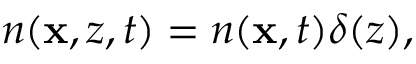
\begin{array} { r } { n ( \mathbf { x } , z , t ) = n ( \mathbf { x } , t ) \delta ( z ) , } \end{array}